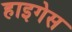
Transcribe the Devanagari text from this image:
हाइगेस